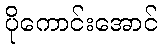
ပိုကောင်းအောင်